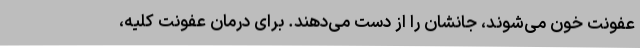
عفونت خون می‌شوند، جانشان را از دست می‌دهند. برای درمان عفونت کلیه،